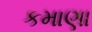
કમાણા